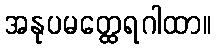
အနုပမတ္ထေရဂါထာ။